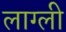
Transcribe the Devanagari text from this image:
लाग्ली